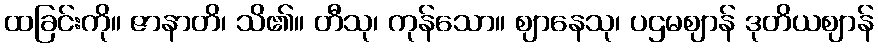
ထခြင်းကို။ ဇာနာတိ၊ သိ၏။ တီသု၊ ကုန်သော။ ဈာနေသု၊ ပဌမဈာန် ဒုတိယဈာန်